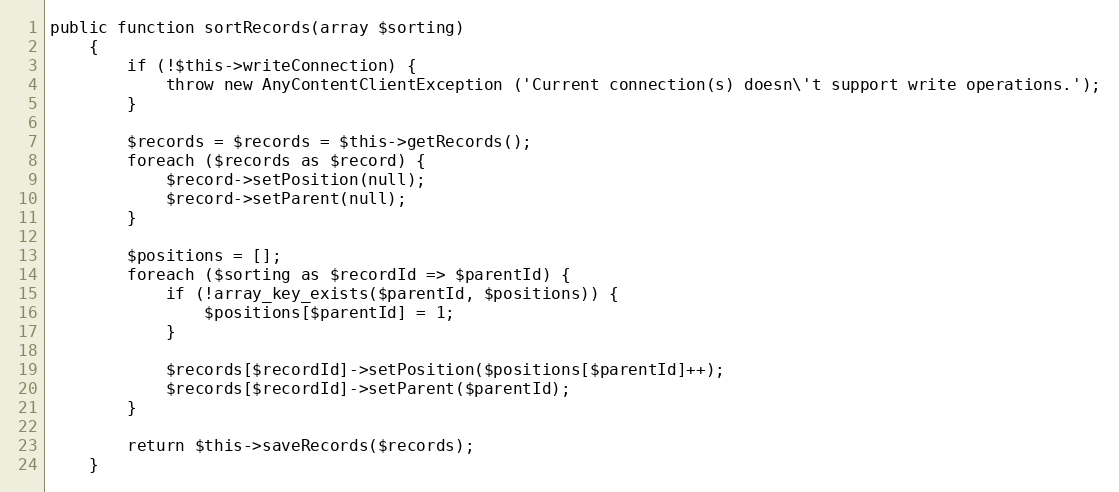
Language: PHP
public function sortRecords(array $sorting)
    {
        if (!$this->writeConnection) {
            throw new AnyContentClientException ('Current connection(s) doesn\'t support write operations.');
        }

        $records = $records = $this->getRecords();
        foreach ($records as $record) {
            $record->setPosition(null);
            $record->setParent(null);
        }

        $positions = [];
        foreach ($sorting as $recordId => $parentId) {
            if (!array_key_exists($parentId, $positions)) {
                $positions[$parentId] = 1;
            }

            $records[$recordId]->setPosition($positions[$parentId]++);
            $records[$recordId]->setParent($parentId);
        }

        return $this->saveRecords($records);
    }